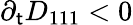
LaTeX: \partial_{\mathsf{t}}D_{111}<0